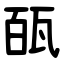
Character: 㼣